Report of the Bombay Plague Committee
Disease focus: Plague
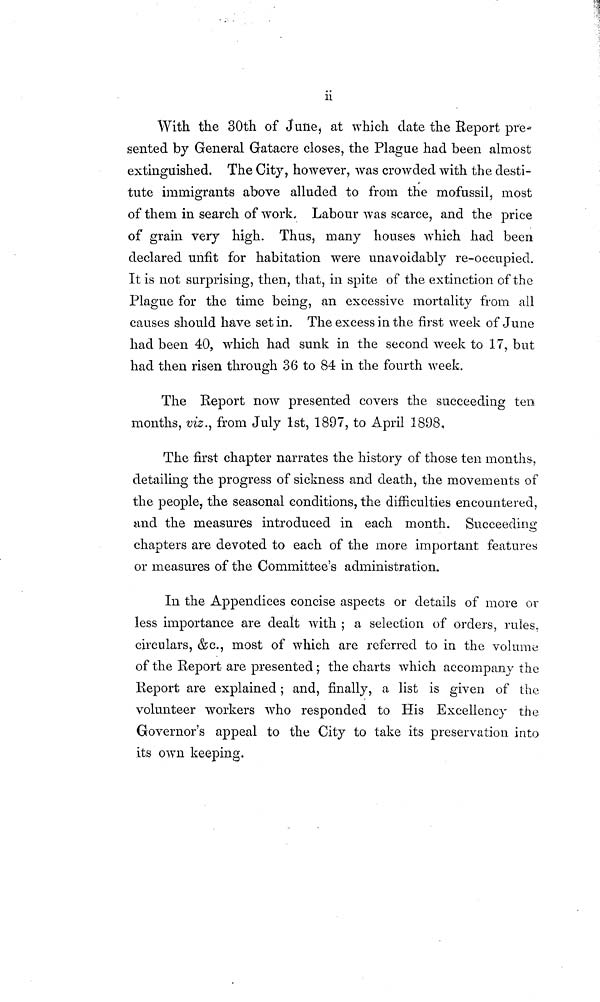
ii
With the 30th of June, at which date the Report pre-
sented by General Gatacre closes, the Plague had been almost
extinguished. The City, however, was crowded with the desti-
tute immigrants above alluded to from the mofussil, most
of them in search of work. Labour was scarce, and the price
of grain very high. Thus, many houses which had been
declared unfit for habitation were unavoidably re-occupied.
It is not surprising, then, that, in spite of the extinction of the
Plague for the time being, an excessive mortality from all
causes should have set in. The excess in the first week of June
had been 40, which had sunk in the second week to 17, but
had then risen through 36 to 84 in the fourth week.
The Report now presented covers the succeeding ten
months, viz., from July 1st, 1897, to April 1898,
The first chapter narrates the history of those ten months,
detailing the progress of sickness and death, the movements of
the people, the seasonal conditions, the difficulties encountered,
and the measures introduced in each month. Succeeding
chapters are devoted to each of the more important features
or measures of the Committee's administration.
In the Appendices concise aspects or details of more or
less importance are dealt with ; a selection of orders, rules,
circulars, &c., most of which are referred to in the volume
of the Report are presented; the charts which accompany the
Report are explained; and, finally, a list is given of the
volunteer workers who responded to His Excellency the
Governor's appeal to the City to take its preservation into
its own keeping.